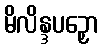
မိလိန္ဒပဉှော